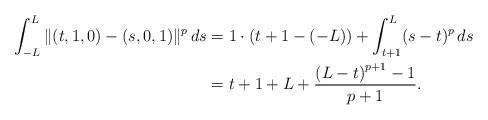
LaTeX: \begin{align*} \int_{-L}^L \Vert (t,1,0) - (s,0,1) \Vert^p \,ds &= 1 \cdot (t+1 - (-L)) + \int_{t+1}^L (s-t)^p \, ds \\ &= t+1+L+{\frac {\left( L-t \right)^{p+1} - 1}{p+1}}. \end{align*}